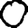
Digit: 0